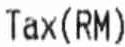
TAX(RM)